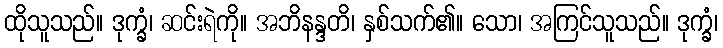
ထိုသူသည်။ ဒုက္ခံ၊ ဆင်းရဲကို။ အဘိနန္ဒတိ၊ နှစ်သက်၏။ သော၊ အကြင်သူသည်။ ဒုက္ခံ၊